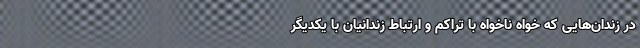
در زندان‌هایی که خواه ناخواه با تراکم و ارتباط زندانیان با یکدیگر